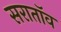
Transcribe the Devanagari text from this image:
सरातॉव